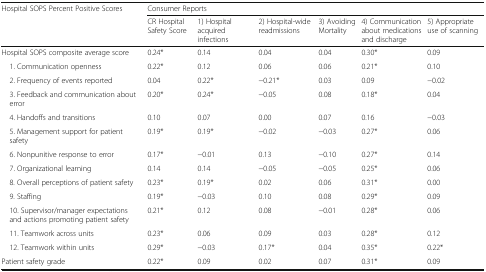
<table><thead><tr><td rowspan="2"><b>Hospital SOPS Percent Positive Scores</b></td><td colspan="6"><b>Consumer Reports</b></td></tr><tr><td><b>CR Hospital Safety Score</b></td><td><b>1) Hospital acquired infections</b></td><td><b>2) Hospital-wide readmissions</b></td><td><b>3) Avoiding Mortality</b></td><td><b>4) Communication about medications and discharge</b></td><td><b>5) Appropriate use of scanning</b></td></tr></thead><tbody><tr><td>Hospital SOPS composite average score</td><td>0.24*</td><td>0.14</td><td>0.04</td><td>0.04</td><td>0.30*</td><td>0.09</td></tr><tr><td> 1. Communication openness</td><td>0.22*</td><td>0.12</td><td>0.06</td><td>0.06</td><td>0.21*</td><td>0.10</td></tr><tr><td> 2. Frequency of events reported</td><td>0.04</td><td>0.22*</td><td>−0.21*</td><td>0.03</td><td>0.09</td><td>−0.02</td></tr><tr><td> 3. Feedback and communication about error</td><td>0.20*</td><td>0.24*</td><td>−0.05</td><td>0.08</td><td>0.18*</td><td>0.04</td></tr><tr><td> 4. Handoffs and transitions</td><td>0.10</td><td>0.07</td><td>0.00</td><td>0.07</td><td>0.16</td><td>−0.03</td></tr><tr><td> 5. Management support for patient safety</td><td>0.19*</td><td>0.19*</td><td>−0.02</td><td>−0.03</td><td>0.27*</td><td>0.06</td></tr><tr><td> 6. Nonpunitive response to error</td><td>0.17*</td><td>−0.01</td><td>0.13</td><td>−0.10</td><td>0.27*</td><td>0.14</td></tr><tr><td> 7. Organizational learning</td><td>0.14</td><td>0.14</td><td>−0.05</td><td>−0.05</td><td>0.25*</td><td>0.06</td></tr><tr><td> 8. Overall perceptions of patient safety</td><td>0.23*</td><td>0.19*</td><td>0.02</td><td>0.06</td><td>0.31*</td><td>0.00</td></tr><tr><td> 9. Staffing</td><td>0.19*</td><td>−0.03</td><td>0.10</td><td>0.08</td><td>0.29*</td><td>0.09</td></tr><tr><td> 10. Supervisor/manager expectations and actions promoting patient safety</td><td>0.21*</td><td>0.12</td><td>0.08</td><td>−0.01</td><td>0.28*</td><td>0.06</td></tr><tr><td> 11. Teamwork across units</td><td>0.23*</td><td>0.06</td><td>0.09</td><td>0.03</td><td>0.28*</td><td>0.12</td></tr><tr><td> 12. Teamwork within units</td><td>0.29*</td><td>−0.03</td><td>0.17*</td><td>0.04</td><td>0.35*</td><td>0.22*</td></tr><tr><td>Patient safety grade</td><td>0.22*</td><td>0.09</td><td>0.02</td><td>0.07</td><td>0.31*</td><td>0.09</td></tr></tbody></table>